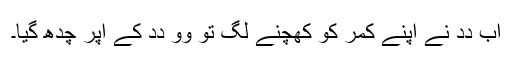
اَب دِدِ نے اَپنے کمر کو کھِچنے لگِ تو وو دِدِ کے اُپر چدھ گیا۔